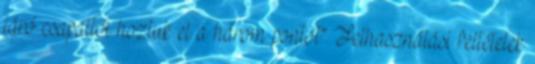
járó csapattól hoztuk el a három pontot” Felhasználási feltételek